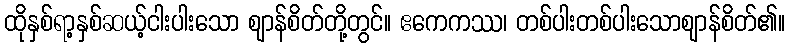
ထိုနှစ်ရာ့နှစ်ဆယ့်ငါးပါးသော ဈာန်စိတ်တို့တွင်။ ဧကေကဿ၊ တစ်ပါးတစ်ပါးသောဈာန်စိတ်၏။